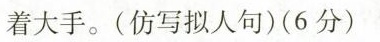
着大手。(仿写拟人句)(6分)